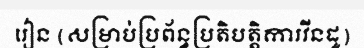
រៀន (សម្រាប់ប្រព័ន្ធប្រតិបត្តិការវីនដូ)